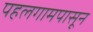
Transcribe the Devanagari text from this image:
पहलगामपासून